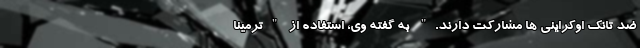
ضد تانک اوکراینی ها مشارکت دارند." به گفته وی، استفاده از "ترمینا